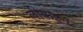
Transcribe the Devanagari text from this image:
लीवाइन